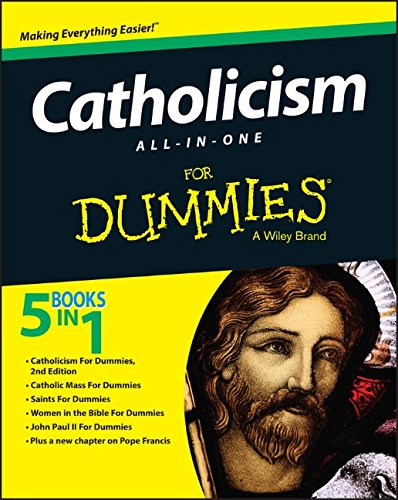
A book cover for Catholicism All-In-One For Dummies; Consumer Dummies; Christian Books & Bibles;